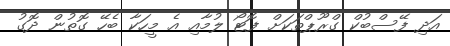
އަދި ފޭސްބުކް ގްރޫޕްތަކަށް ފޮޓޯ ލުމާއި އެ މީހަކާ ބެހޭ ގޮތުން ދޮގު